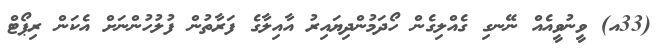
(33އ) ވީނުވީއެއް ނޭނގި ގެއްލިގެން ހޯދަމުންދިޔައިރު އާއިލާގެ ފަރާތުން ފުލުހުންނަށް އެކަން ރިޕޯޓް